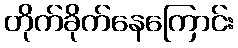
တိုက်ခိုက်နေကြောင်း